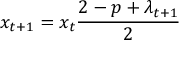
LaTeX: x _ { t + 1 } = x _ { t } { \frac { 2 - p + \lambda _ { t + 1 } } { 2 } }